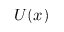
U ( x )